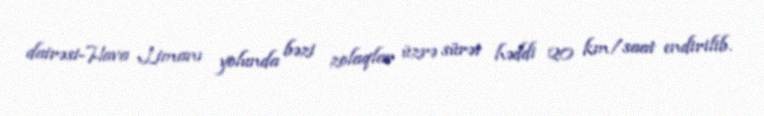
dairəsi-Hava Limanı yolunda bəzi zolaqlar üzrə sürət həddi 20 km/saat endirilib.